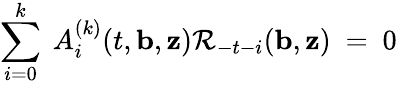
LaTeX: \sum_{i=0}^{k}\ A_{i}^{(k)}(t,{\mathbf b},{\mathbf z}){\cal R}_{-t-i}({\mathbf b},{\mathbf z})\ =\ 0